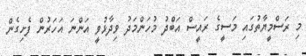
މި ރަސްމީޔާތުގައި މަސީގެ ރައީސް އަބްދު މުހަންމަދު ވިދާޅުވީ އަންނަ އަހަރުން ފެށިގެން